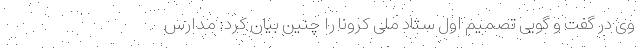
وی در گفت و گویی تصمیم اول ستاد ملی کرونا را چنین بیان کرد: مدارس